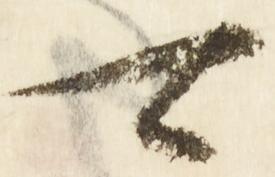
可